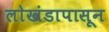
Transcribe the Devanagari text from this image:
लाेखंडापासून